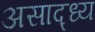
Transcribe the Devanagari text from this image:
असाद्ध्य